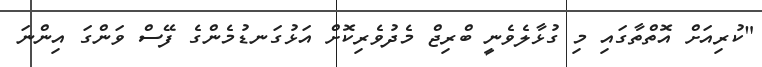
"ކުރިއަށް އޮތްތާގައި މި ގުޅާލެވެނީ ބްރިޖް މެދުވެރިކޮށް އަޅުގަނޑުމެންގެ ފޭސް ވަންގަ އިންނަ